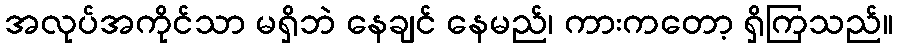
အလုပ်အကိုင်သာ မရှိဘဲ နေချင် နေမည်၊ ကားကတော့ ရှိကြသည်။